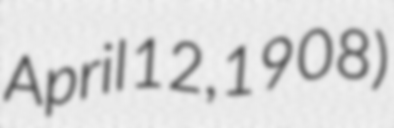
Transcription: April 12, 1908)